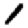
Digit: 1